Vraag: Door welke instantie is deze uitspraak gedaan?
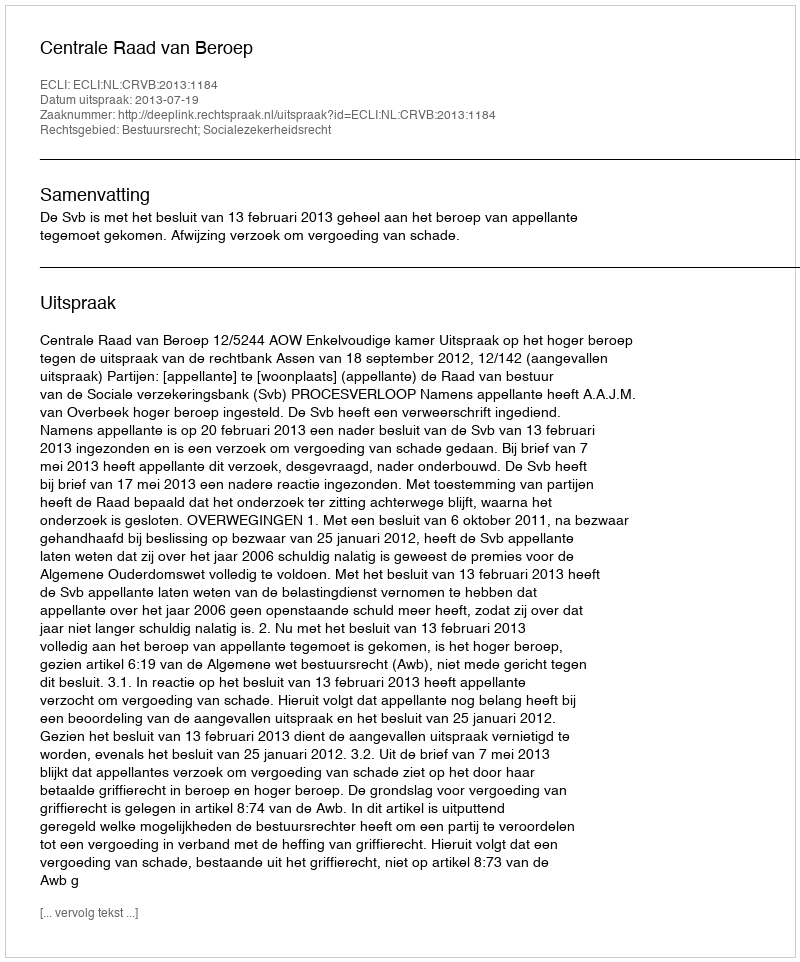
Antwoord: Centrale Raad van Beroep